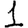
Digit: 1